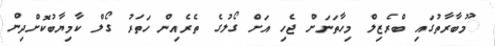
ުމުބާރާތުގައި ބްރެޒިލް މިހާތަނަށް ޖެހި އަށް ގޯލުގެ ތެރެއިން ހަތަރު ގޯލް ކާމިޔާބުކޮށްދިން